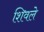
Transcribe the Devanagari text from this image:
शिवले